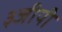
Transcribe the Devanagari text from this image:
३जीपी